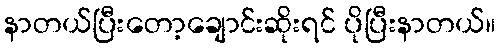
နာတယ်ပြီးတော့ချောင်းဆိုးရင် ပိုပြီးနာတယ်။